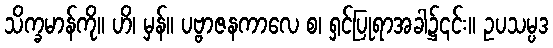
သိက္ခမာန်ကို။ ဟိ၊ မှန်။ ပဗ္ဗာဇနကာလေ စ၊ ရှင်ပြုရာအခါ၌၎င်း။ ဥပသမ္ပဒ